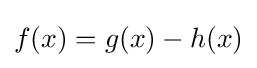
f(x)=g(x)-h(x)